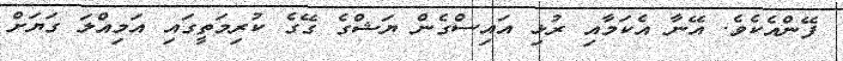
ފޭންއެކެވެ. އޭނާ އެކަމާއި ރުޅި އައިސްގެން ޔަޝްގެ ގޭގެ ކުރިމަތީގައި އަމިއްލަ ގަޔަށް